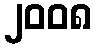
၂၀၀၈